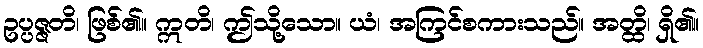
ဥပ္ပဇ္ဇတိ၊ ဖြစ်၏။ ဣတိ၊ ဤသို့သော။ ယံ၊ အကြင်စကားသည်။ အတ္ထိ၊ ရှိ၏။